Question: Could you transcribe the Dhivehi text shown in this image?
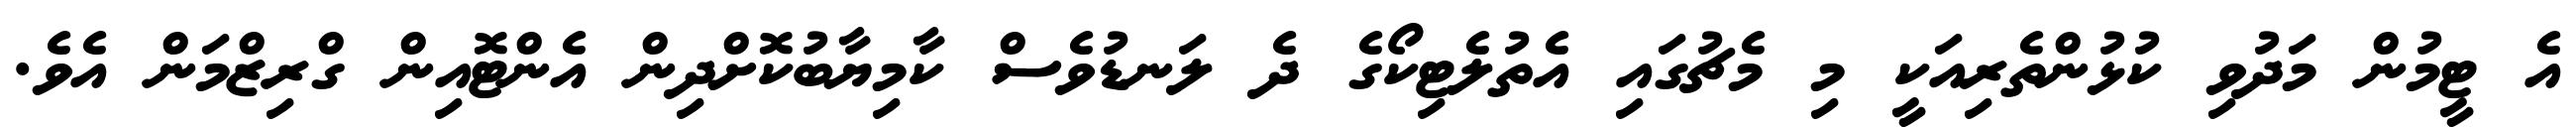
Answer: އެ ޓީމުން މަދުވި ކުޅުންތެރިއަކީ މި މެޗުގައި އެތުލެޓިކޯގެ ދެ ލަނޑުވެސް ކާމިޔާބުކޮށްދިން އެންޓޮއިން ގްރިޒްމަން އެވެ.